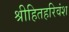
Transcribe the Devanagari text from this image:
श्रीहितहरिवंश